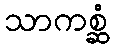
သာကစ္ဆံ